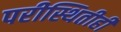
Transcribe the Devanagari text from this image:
परीस्थितीही